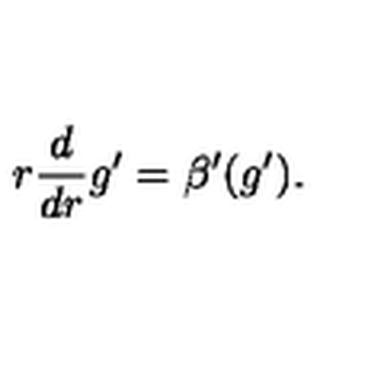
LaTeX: r \frac { d } { d r } g ^ { \prime } = \beta ^ { \prime } ( g ^ { \prime } ) .